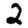
Digit: 2